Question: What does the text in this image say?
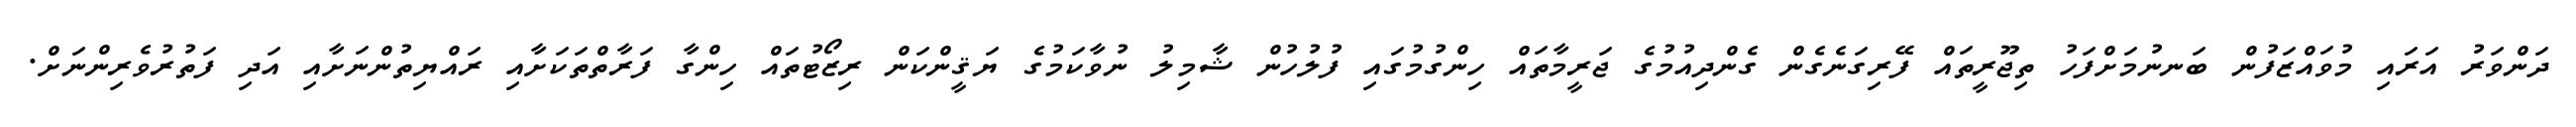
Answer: ދަންވަރު އަރައި މުވައްޒަފުން ބަނނުމަށްފަހު ތިޖޫރީތައް ފޭރިގަނެގެން ގެންދިއުމުގެ ޖަރީމާތައް ހިންގުމުގައި ފުލުހުން ޝާމިލު ނުވާކަމުގެ ޔަޤީންކަން ރިޒޯޓުތައް ހިންގާ ފަރާތްތަކަށާއި ރައްޔިތުންނަށާއި އަދި ފަތުރުވެރިންނަށް.